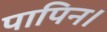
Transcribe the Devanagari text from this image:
पापिन।